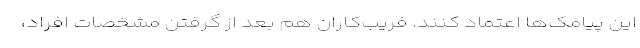
این پیامک‌ها اعتماد کنند. فریب‌کاران هم بعد از گرفتن مشخصات افراد،